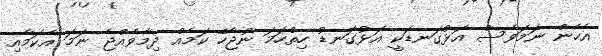
އެހެން ނަމަވެސް އަޅުގަނޑަކީ އަޅުގަނޑު ހިތްހަމަ ނުޖެހޭ ކަމެއް ދިމާވެއްޖެ ނަމަ އެކަމާއި